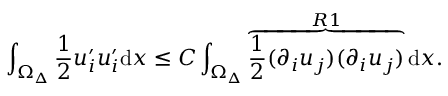
\int _ { \Omega _ { \Delta } } \frac { 1 } { 2 } u _ { i } ^ { \prime } u _ { i } ^ { \prime } \mathrm { d } x \leq C \int _ { \Omega _ { \Delta } } \overbrace { \frac { 1 } { 2 } ( \partial _ { i } u _ { j } ) ( \partial _ { i } u _ { j } ) } ^ { R 1 } \mathrm { d } x .